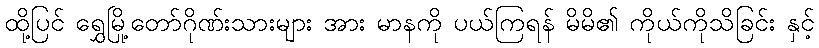
ထို့ပြင် ရွှေမြို့တော်ဂိုဏ်းသားများ အား မာနကို ပယ်ကြရန် မိမိ၏ ကိုယ်ကိုသိခြင်း နှင့်